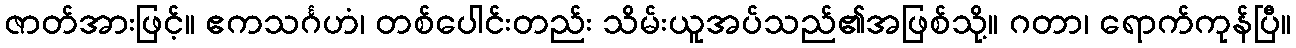
ဇာတ်အားဖြင့်။ ဧကသင်္ဂဟံ၊ တစ်ပေါင်းတည်း သိမ်းယူအပ်သည်၏အဖြစ်သို့။ ဂတာ၊ ရောက်ကုန်ပြီ။